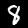
Digit: 8